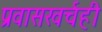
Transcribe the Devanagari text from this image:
प्रवासखर्चही